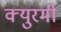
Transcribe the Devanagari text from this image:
क्युरमी